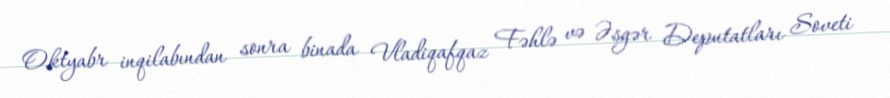
Oktyabr inqilabından sonra binada Vladiqafqaz Fəhlə və Əsgər Deputatları Soveti